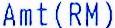
AMT(RM)